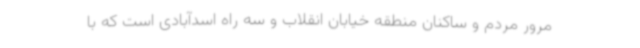
مرور مردم و ساکنان منطقه خیابان انقلاب و سه راه اسدآبادی است که با